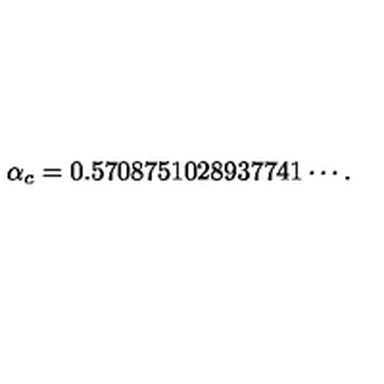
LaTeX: \alpha _ { c } = 0 . 5 7 0 8 7 5 1 0 2 8 9 3 7 7 4 1 \cdots .